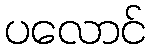
ပလောင်